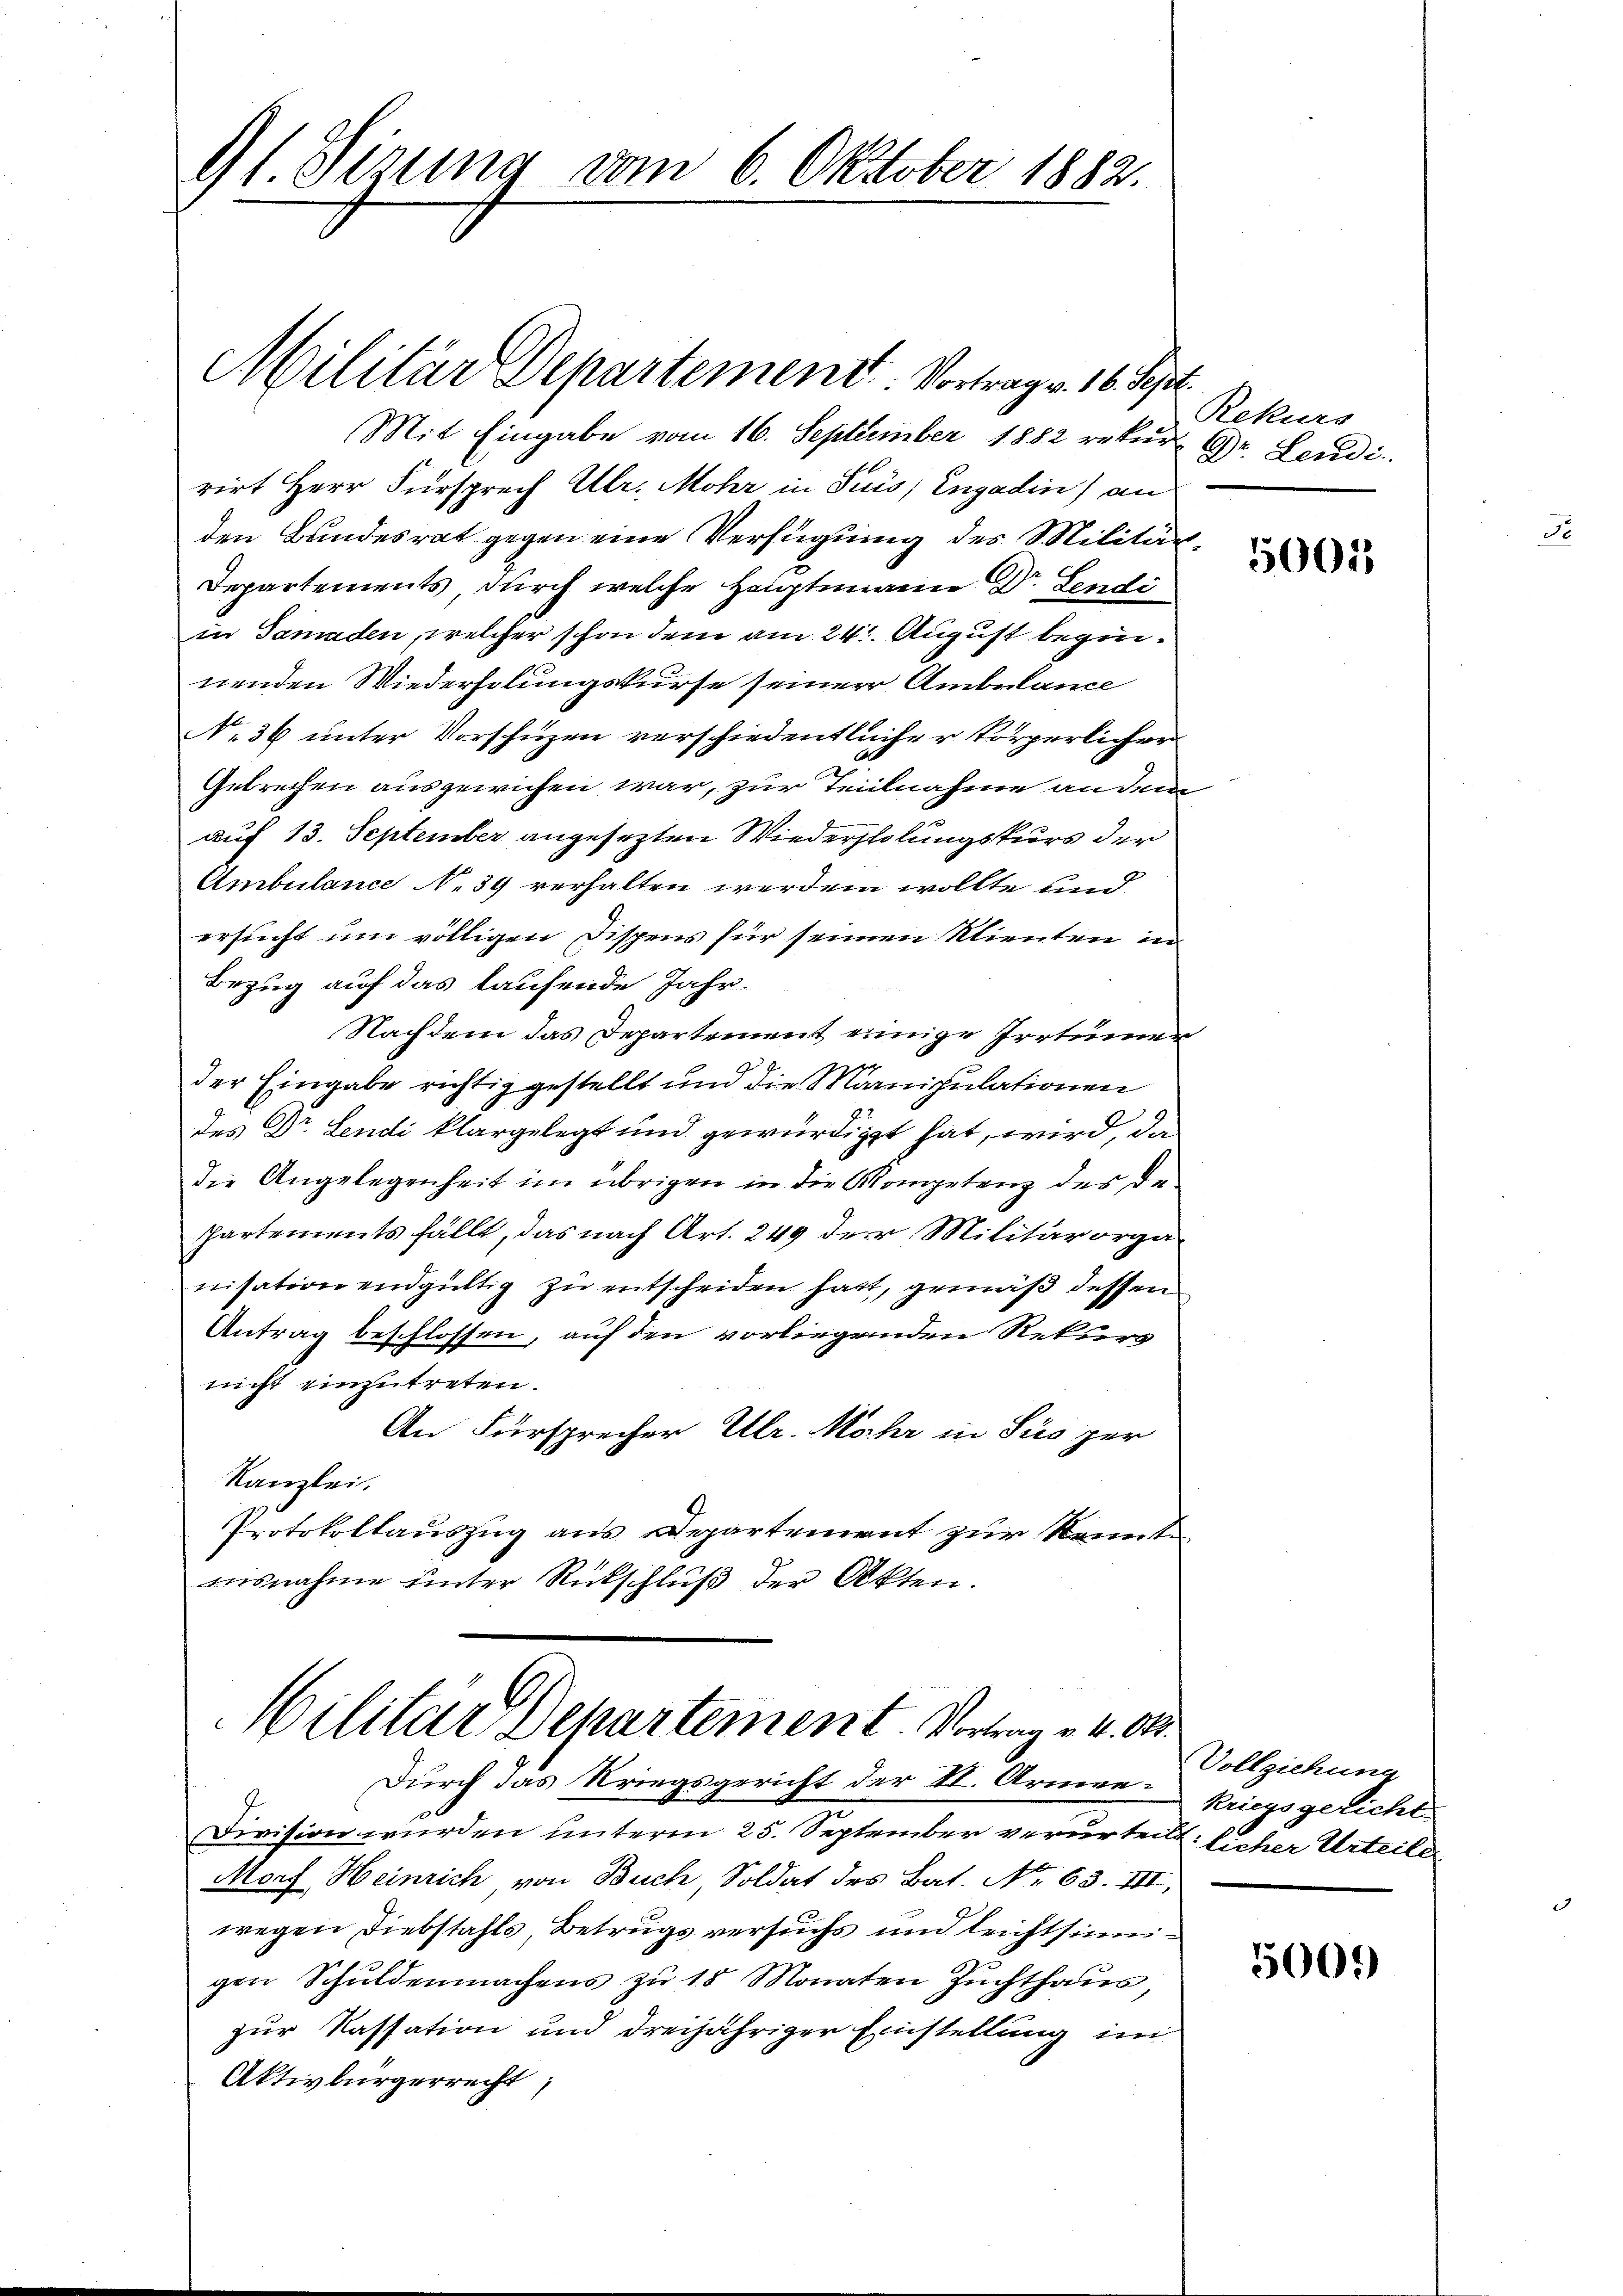
91. Sitzung vom 6. Oktober 1882.

Mit Eingabe vom 16. September 1882 rekurs Gr. Leudi
rirt Herr Fürsprech Ulr. Mohr in Seus, Engadin) an
den Bundesrat gegen eine Verfügung des Militär¬
Departements durch welche Hauptmann Dr. Lendi
in Gamaden, welcher schon dem am 24. August beginnenden Wiederholungskurse seiner Ambulance
No 36 unter Vorschüzen verschiedentlicher körperlicher
Gebrechen ausgewichen war, zur Teilnahme an dem
auf 13. September angesezten Wiederholungskurs der
Ambulance N. 39 verhalten werden wollte und
ersucht um völligen Dispens für seinen Klienten in
Bezug auf das laufende Jahr.
Nachdem das Departement einige Irrtümer
der Eingabe richtig gestellt und die Manipulationen
des Dr. Lendi klargelegt und gewürdiget hat, wird, da
die Angelegenheit im übrigen in die Kompetenz des De¬
Ppartements fällt, das nach Art. 249 der Militärorga-
nisationendgültig zu entscheiden hatt, gemäß dessen
Antrag beschlossen, auf den vorliegenden Rekurs
nicht einzutreten.
An Fürsprecher Ulr. Mohr in Susper
Kanzlei.
Protokollauszug aus Departement zur Kenntaisnahme hinter Rückschluß der Akten.

Militär Departement. Vortrag v. 16. Sept.

Militar Departement. Vortrag v. 4. Ok
Durch das Kriegsgericht der VI. Armee¬

Division wurden unterm 25. September verurteilt: Eicher Urteiler.
Morf Heinrich von Buch, Soldat des Bat. No 63. III,
wegen Diebstahls, Betrugs versuchs und leichtsinigen Schuldenmachens zu 18 Monaten Zuchthaus,
zur Kassation und dreijähriger Einstellung im
Aktivbürgerrecht,

Rekurs

5001

Vollziehung
kriegsgelicht.

5001)